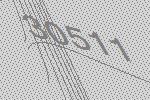
30511